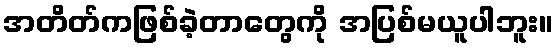
အတိတ်ကဖြစ်ခဲ့တာတွေကို အပြစ်မယူပါဘူး။